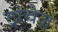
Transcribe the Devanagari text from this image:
ट्रांचेज़